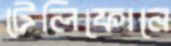
টেলিফোনে